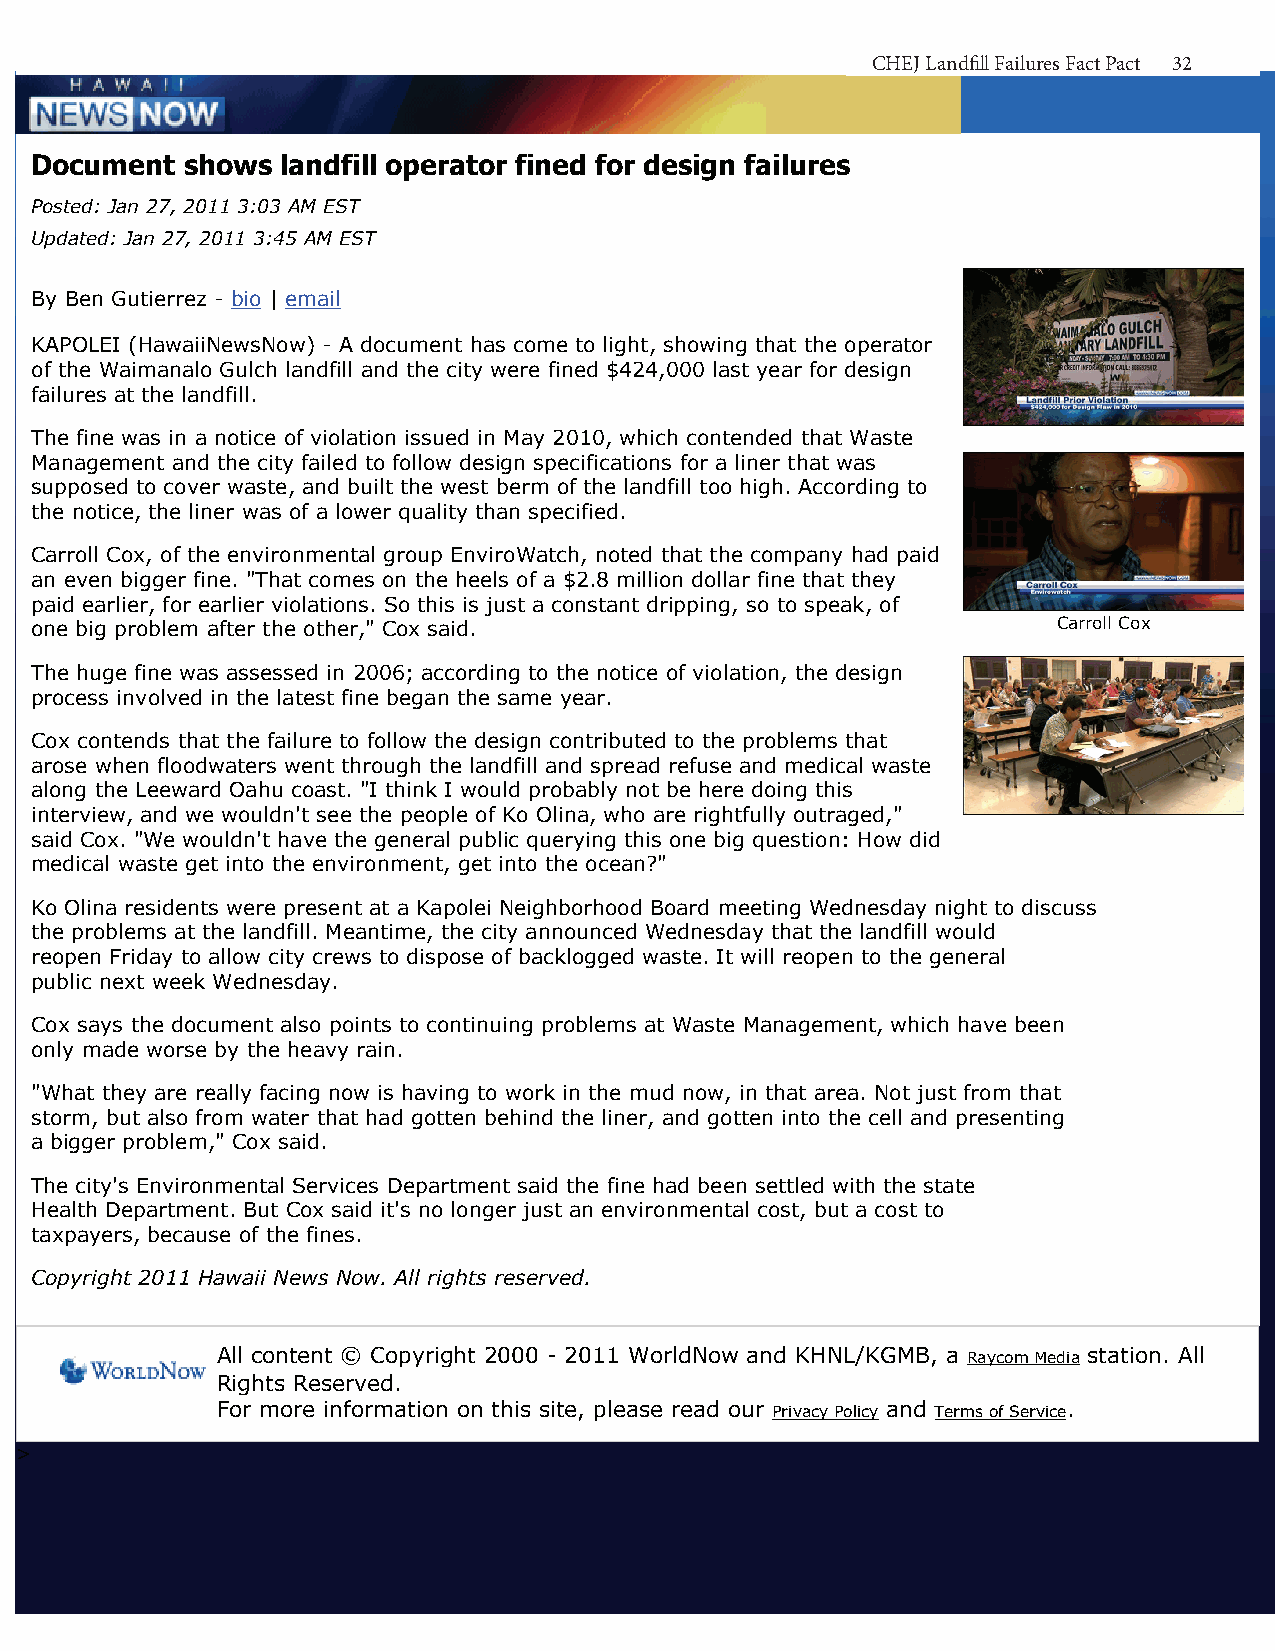
Document shows landfill operator fined for design failures - Hawaii News Now - KGMB and KHNL Home
 CHCEHJ ELJa nLdafnilld Ffialill uFreaisl uFraecst PFaacckt P32act 3<2< Back
 Document  shows  landfill operator fined for design failures
 Posted: Jan 27, 2011 3:03 AM EST
 Updated: Jan 27, 2011 3:45 AM EST
 By Ben Gutierrez - bio | email
 KAPOLEI (HawaiiNewsNow) - A document has come to light, showing that the operator
 of the Waimanalo Gulch landfill and the city were fined $424,000 last year for design
 failures at the landfill.
 The fine was in a notice of violation issued in May 2010, which contended that Waste
 Management and the city failed to follow design specifications for a liner that was
 supposed to cover waste, and built the west berm of the landfill too high. According to
 the notice, the liner was of a lower quality than specified.
 Carroll Cox, of the environmental group EnviroWatch, noted that the company had paid
 an even bigger fine. "That comes on the heels of a $2.8 million dollar fine that they
 paid earlier, for earlier violations. So this is just a constant dripping, so to speak, of
 one big problem after the other," Cox said.                         Carroll Cox
 The huge fine was assessed in 2006; according to the notice of violation, the design
 process involved in the latest fine began the same year.
 Cox contends that the failure to follow the design contributed to the problems that
 arose when floodwaters went through the landfill and spread refuse and medical waste
 along the Leeward Oahu coast. "I think I would probably not be here doing this
 interview, and we wouldn't see the people of Ko Olina, who are rightfully outraged,"
 said Cox. "We wouldn't have the general public querying this one big question: How did
 medical waste get into the environment, get into the ocean?"
 Ko Olina residents were present at a Kapolei Neighborhood Board meeting Wednesday night to discuss
 the problems at the landfill. Meantime, the city announced Wednesday that the landfill would
 reopen Friday to allow city crews to dispose of backlogged waste. It will reopen to the general
 public next week Wednesday.
 Cox says the document also points to continuing problems at Waste Management, which have been
 only made worse by the heavy rain.
 "What they are really facing now is having to work in the mud now, in that area. Not just from that
 storm, but also from water that had gotten behind the liner, and gotten into the cell and presenting
 a bigger problem," Cox said.
 The city's Environmental Services Department said the fine had been settled with the state
 Health Department. But Cox said it's no longer just an environmental cost, but a cost to
 taxpayers, because of the fines.
 Copyright 2011 Hawaii News Now. All rights reserved.
 All content © Copyright 2000 - 2011 WorldNow and KHNL/KGMB, a Raycom Media station. All
 Rights Reserved.
 For more information on this site, please read our Privacy Policy and Terms of Service.
 >
 http://www.hawaiinewsnow.com/story/13917151/document-shows-waste-manage?clienttype=printable [8/8/2011 4:45:38 PM]